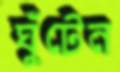
ঘুঁটেন